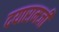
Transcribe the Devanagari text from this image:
दयारामजी